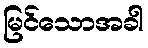
မြင်သောအခါ